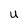
Character: U